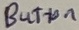
Text: Button